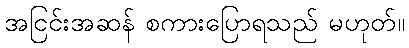
အငြင်းအဆန် စကားပြောရသည် မဟုတ်။